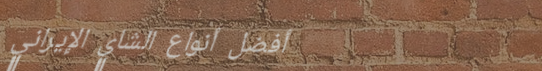
أفضل أنواع الشاي الإيراني